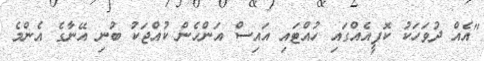
"އެއް ދުވަހަކު ކޮފީއެއްގައި ހުއްޓައި އައިސް އަންހެން ކުއްޖަކު ބުނި އޭނާގެ އެންމެ